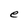
Character: e